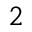
_ 2